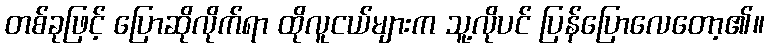
တစ်ခုဖြင့် ပြောဆိုလိုက်ရာ ထိုလူငယ်များက သူ့လိုပင် ပြန်ပြောလေတော့၏။